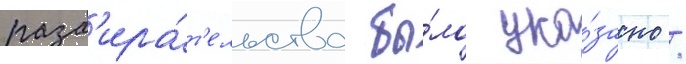
разб'ира́т'ельства бы́ло ука́зано /